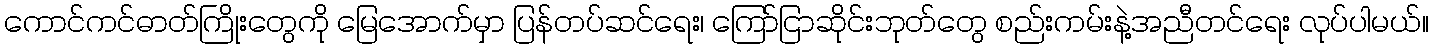
ကောင်ကင်ဓာတ်ကြိုးတွေကို မြေအောက်မှာ ပြန်တပ်ဆင်ရေး၊ ကြော်ငြာဆိုင်းဘုတ်တွေ စည်းကမ်းနဲ့အညီတင်ရေး လုပ်ပါမယ်။